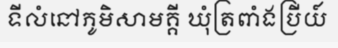
ទីលំនៅភូមិសាមគ្គី ឃុំត្រពាំងប្រីយ៍